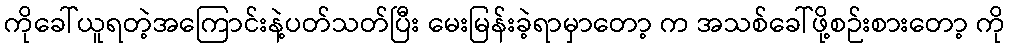
ကိုခေါ်ယူရတဲ့အကြောင်းနဲ့ပတ်သတ်ပြီး မေးမြန်းခဲ့ရာမှာတော့ က အသစ်ခေါ်ဖို့စဉ်းစားတော့ ကို